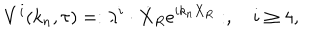
V ^ { i } ( k _ { n } , \tau ) = : \lambda ^ { i } \cdot \dot { X } _ { R } e ^ { i k _ { n } X _ { R } } : , \quad i \ge 4 ,